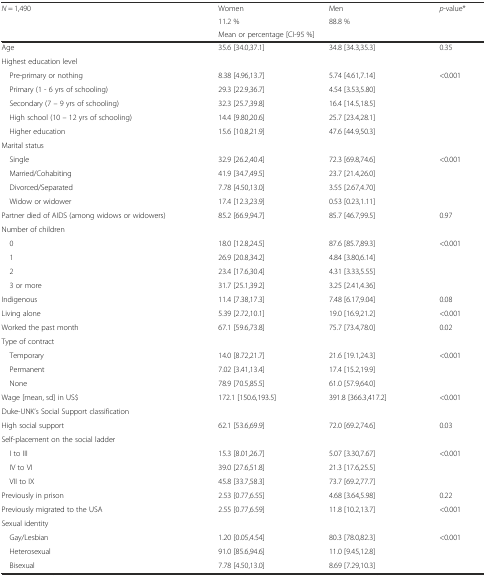
<table><thead><tr><td rowspan="3"><b><i>N</i> = 1,490</b></td><td><b>Women</b></td><td><b>Men</b></td><td rowspan="3"><b><i>p</i>-value*</b></td></tr><tr><td><b>11.2 %</b></td><td><b>88.8 %</b></td></tr><tr><td colspan="2"><b>Mean or percentage [CI-95 %]</b></td></tr></thead><tbody><tr><td>Age</td><td>35.6 [34.0,37.1]</td><td>34.8 [34.3,35.3]</td><td>0.35</td></tr><tr><td>Highest education level</td><td></td><td></td><td></td></tr><tr><td> Pre-primary or nothing</td><td>8.38 [4.96,13.7]</td><td>5.74 [4.61,7.14]</td><td>&lt;0.001</td></tr><tr><td> Primary (1 - 6 yrs of schooling)</td><td>29.3 [22.9,36.7]</td><td>4.54 [3.53,5.80]</td><td></td></tr><tr><td> Secondary (7 – 9 yrs of schooling)</td><td>32.3 [25.7,39.8]</td><td>16.4 [14.5,18.5]</td><td></td></tr><tr><td> High school (10 – 12 yrs of schooling)</td><td>14.4 [9.80,20.6]</td><td>25.7 [23.4,28.1]</td><td></td></tr><tr><td> Higher education</td><td>15.6 [10.8,21.9]</td><td>47.6 [44.9,50.3]</td><td></td></tr><tr><td>Marital status</td><td></td><td></td><td></td></tr><tr><td> Single</td><td>32.9 [26.2,40.4]</td><td>72.3 [69.8,74.6]</td><td>&lt;0.001</td></tr><tr><td> Married/Cohabiting</td><td>41.9 [34.7,49.5]</td><td>23.7 [21.4,26.0]</td><td></td></tr><tr><td> Divorced/Separated</td><td>7.78 [4.50,13.0]</td><td>3.55 [2.67,4.70]</td><td></td></tr><tr><td> Widow or widower</td><td>17.4 [12.3,23.9]</td><td>0.53 [0.23,1.11]</td><td></td></tr><tr><td>Partner died of AIDS (among widows or widowers)</td><td>85.2 [66.9,94.7]</td><td>85.7 [46.7,99.5]</td><td>0.97</td></tr><tr><td>Number of children</td><td></td><td></td><td></td></tr><tr><td> 0</td><td>18.0 [12.8,24.5]</td><td>87.6 [85.7,89.3]</td><td>&lt;0.001</td></tr><tr><td> 1</td><td>26.9 [20.8,34.2]</td><td>4.84 [3.80,6.14]</td><td></td></tr><tr><td> 2</td><td>23.4 [17.6,30.4]</td><td>4.31 [3.33,5.55]</td><td></td></tr><tr><td> 3 or more</td><td>31.7 [25.1,39.2]</td><td>3.25 [2.41,4.36]</td><td></td></tr><tr><td>Indigenous</td><td>11.4 [7.38,17.3]</td><td>7.48 [6.17,9.04]</td><td>0.08</td></tr><tr><td>Living alone</td><td>5.39 [2.72,10.1]</td><td>19.0 [16.9,21.2]</td><td>&lt;0.001</td></tr><tr><td>Worked the past month</td><td>67.1 [59.6,73.8]</td><td>75.7 [73.4,78.0]</td><td>0.02</td></tr><tr><td>Type of contract</td><td></td><td></td><td></td></tr><tr><td> Temporary</td><td>14.0 [8.72,21.7]</td><td>21.6 [19.1,24.3]</td><td>&lt;0.001</td></tr><tr><td> Permanent</td><td>7.02 [3.41,13.4]</td><td>17.4 [15.2,19.9]</td><td></td></tr><tr><td> None</td><td>78.9 [70.5,85.5]</td><td>61.0 [57.9,64.0]</td><td></td></tr><tr><td>Wage [mean, sd] in US$</td><td>172.1 [150.6,193.5]</td><td>391.8 [366.3,417.2]</td><td>&lt;0.001</td></tr><tr><td>Duke-UNK’s Social Support classification</td><td></td><td></td><td></td></tr><tr><td>High social support</td><td>62.1 [53.6,69.9]</td><td>72.0 [69.2,74.6]</td><td>0.03</td></tr><tr><td>Self-placement on the social ladder</td><td></td><td></td><td></td></tr><tr><td> I to III</td><td>15.3 [8.01,26.7]</td><td>5.07 [3.30,7.67]</td><td>&lt;0.001</td></tr><tr><td> IV to VI</td><td>39.0 [27.6,51.8]</td><td>21.3 [17.6,25.5]</td><td></td></tr><tr><td> VII to IX</td><td>45.8 [33.7,58.3]</td><td>73.7 [69.2,77.7]</td><td></td></tr><tr><td>Previously in prison</td><td>2.53 [0.77,6.55]</td><td>4.68 [3.64,5.98]</td><td>0.22</td></tr><tr><td>Previously migrated to the USA</td><td>2.55 [0.77,6.59]</td><td>11.8 [10.2,13.7]</td><td>&lt;0.001</td></tr><tr><td>Sexual identity</td><td></td><td></td><td></td></tr><tr><td> Gay/Lesbian</td><td>1.20 [0.05,4.54]</td><td>80.3 [78.0,82.3]</td><td>&lt;0.001</td></tr><tr><td> Heterosexual</td><td>91.0 [85.6,94.6]</td><td>11.0 [9.45,12.8]</td><td></td></tr><tr><td> Bisexual</td><td>7.78 [4.50,13.0]</td><td>8.69 [7.29,10.3]</td><td></td></tr></tbody></table>